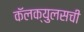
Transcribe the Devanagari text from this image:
कॅलक्युलसची